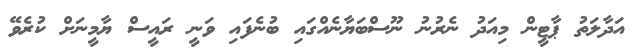
އަދާލަތު ޕާޓީން މިއަދު ނެރުނު ނޫސްބަޔާނެއްގައި ބުނެފައި ވަނީ ރައީސް ޔާމީނަށް ކުރެވޭ